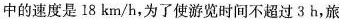
中的速度是18km/h，为了使游览时间不超过3h，旅